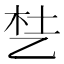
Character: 𬼦